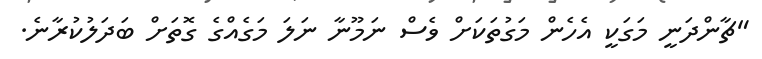
"ޗާންދަނީ މަގަކީ އެހެން މަގުތަކަށް ވެސް ނަމޫނާ ނަލަ މަގެއްގެ ގޮތަށް ބަދަލުކުރާނެ.